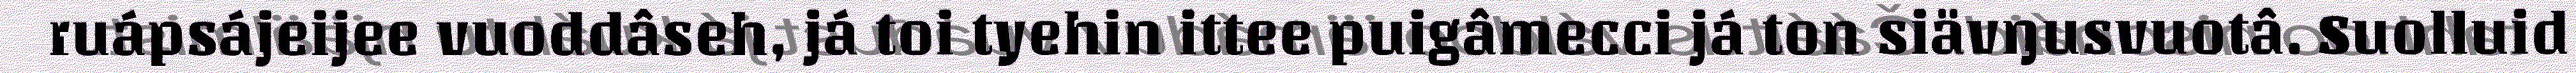
ruápsájeijee vuoddâseh, já toi tyehin ittee puigâmecci já ton siävŋusvuotâ. Suolluid